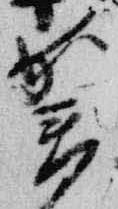
賀